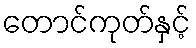
တောင်ကုတ်နှင့်